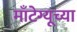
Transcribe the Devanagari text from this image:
माँटेग्यूच्या